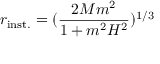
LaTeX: r _ { \mathrm { i n s t . } } = ( \frac { 2 M m ^ { 2 } } { 1 + m ^ { 2 } H ^ { 2 } } ) ^ { 1 / 3 }